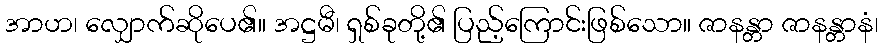
အာဟ၊ လျှောက်ဆိုပေ၏။ အဋ္ဌမီ၊ ရှစ်ခုတို့၏ ပြည့်ကြောင်းဖြစ်သော။ ဇာနန္တာ ဇာနန္တာနံ၊